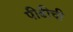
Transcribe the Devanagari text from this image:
पीढीची